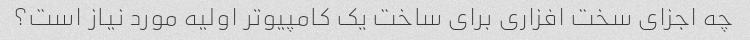
چه اجزای سخت افزاری برای ساخت یک کامپیوتر اولیه مورد نیاز است؟